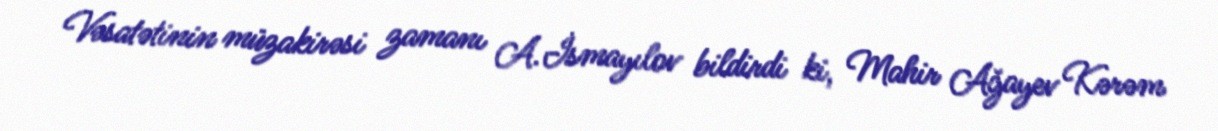
Vəsatətinin müzakirəsi zamanı A.İsmayılov bildirdi ki, Mahir Ağayev Kərəm